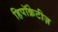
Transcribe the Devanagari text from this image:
हिपॉक्रेटीज़